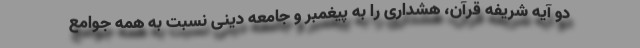
دو آیه شریفه قرآن، هشداری را به پیغمبر و جامعه دینی نسبت به همه جوامع